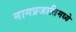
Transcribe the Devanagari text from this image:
नागप्रजातिमध्ये